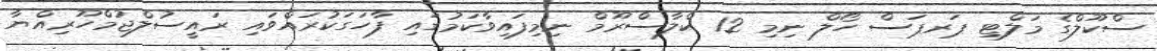
ސްކޫލްގެ މަލްޓި ޕަރޕަސް ހޯލް ނިމި 12 ކްލާސްރޫމް ނިމިފައިވާކަމުގައި ފާހަގަކުރައްވައި ރައީސުލްޖުމްހޫރިއްޔާ